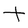
Character: t